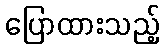
ပြောထားသည့်